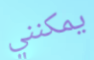
يمكنني